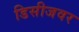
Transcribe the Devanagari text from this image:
डिसीजवर